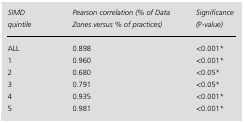
| SIMD quintile | Pearson correlation (% of Data Zones versus % of practices) | Significance (P-value) |
 | --- | --- | --- |
 | ALL | 0.898 | <0.001* |
 | 1 | 0.960 | <0.001* |
 | 2 | 0.680 | <0.05* |
 | 3 | 0.791 | <0.05* |
 | 4 | 0.935 | <0.001* |
 | 5 | 0.981 | <0.001* |